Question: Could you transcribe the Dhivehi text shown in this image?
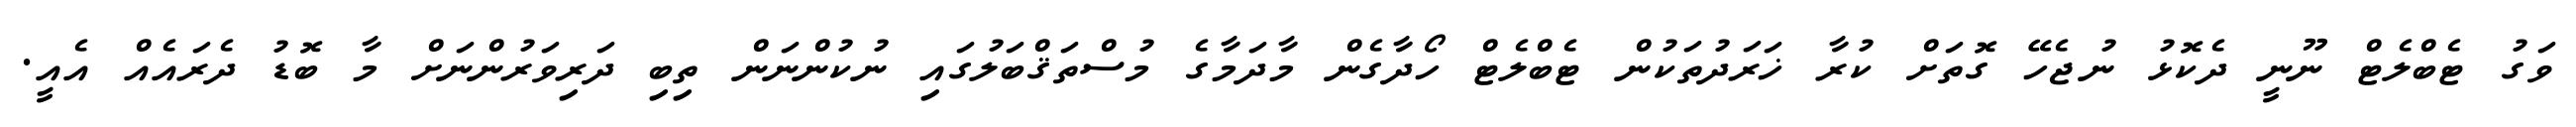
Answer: ވަގު ޓެބްލެޓް ނޫނީ ދެކޮޅު ނުޖެހޭ ގޮތަށް ކުރާ ޚަރަދުތަކުން ޓެބްލެޓް ހޯދާގެން މާދަމާގެ މުސްތަޤްބަލުގައި ނުކުންނަން ތިބި ދަރިވަރުންނަށް މާ ބޮޑު ދެރައެއް އެއީ.